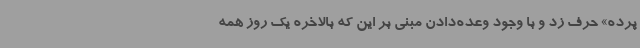
پرده» حرف زد و با وجود وعده‌دادن مبنی‌ بر این که بالاخره یک روز همه‌